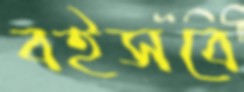
বইসবে